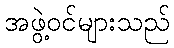
အဖွဲ့ဝင်များသည်